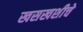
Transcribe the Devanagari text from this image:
खसखशीचे